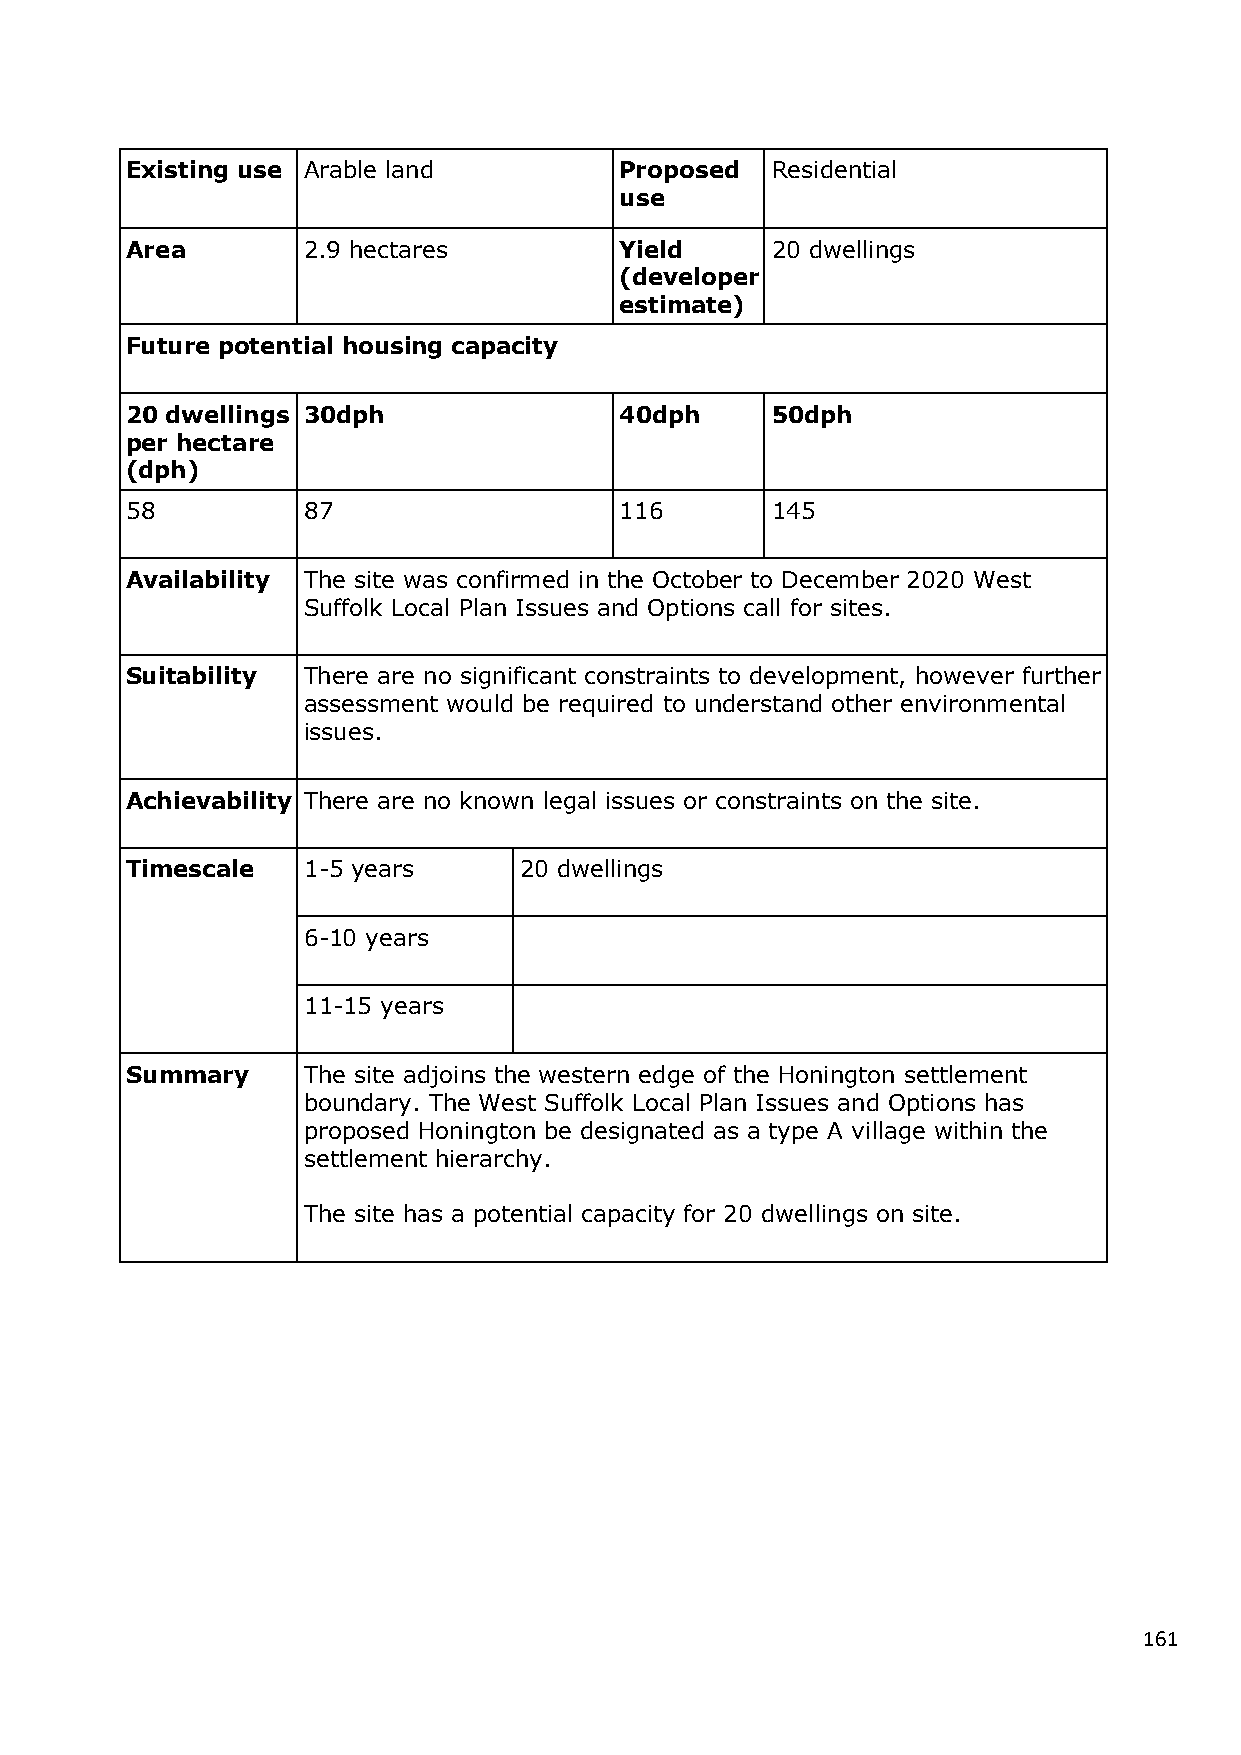
Existing use Arable land         Proposed  Residential
 use
 Area        2.9 hectares         Yield     20 dwellings
 (developer
 estimate)
 Future potential housing capacity
 20 dwellings 30dph               40dph     50dph
 per hectare
 (dph)
 58          87                   116       145
 Availability The site was confirmed in the October to December 2020 West
 Suffolk Local Plan Issues and Options call for sites.
 Suitability There are no significant constraints to development, however further
 assessment would be required to understand other environmental
 issues.
 Achievability There are no known legal issues or constraints on the site.
 Timescale   1-5 years     20 dwellings
 6-10 years
 11-15 years
 Summary     The site adjoins the western edge of the Honington settlement
 boundary. The West Suffolk Local Plan Issues and Options has
 proposed Honington be designated as a type A village within the
 settlement hierarchy.
 The site has a potential capacity for 20 dwellings on site.
 161